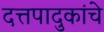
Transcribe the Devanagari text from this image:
दत्तपादुकांचे